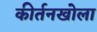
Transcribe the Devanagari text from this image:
कीर्तनखोला